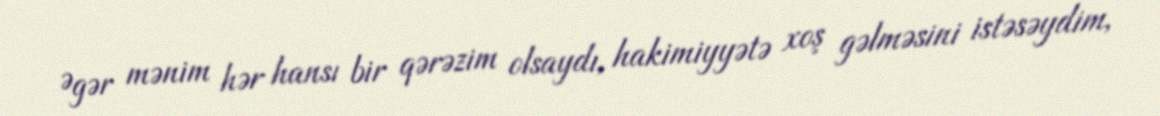
Əgər mənim hər hansı bir qərəzim olsaydı, hakimiyyətə xoş gəlməsini istəsəydim,